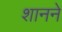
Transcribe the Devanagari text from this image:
शानने